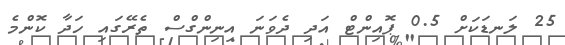
25 ލަނޑަކަށް 0.5 ޕޮއިންޓް އަދި ދެވަނަ އިނިންގްސް ތެރޭގައި ހަދާ ކޮންމެ